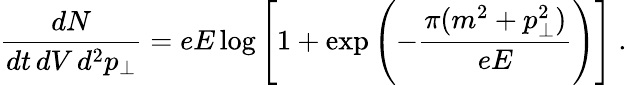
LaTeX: \frac{dN}{dt\, dV\, d^{2}p_{\perp}}=eE\log\left[1+\exp\left(-\frac{\pi(m^{2}+p_{\perp}^{2})}{eE}\right)\right]\ .